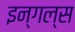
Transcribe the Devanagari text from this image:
इन्गल्स